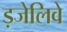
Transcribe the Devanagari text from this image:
ड़जेलिवे